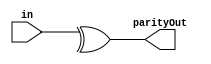


module parity#(parameter width = 8)
(
	input [width-1:0]in, 
	output parityOut //1-odd 0-even 
);

assign parityOut = ^in;  

endmodule